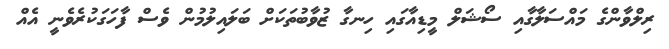
ރިލްވާންގެ މައްސަލާގާއި ސޯޝަލް މީޑިއާގައި ހިނގާ ޒުވާބުތަކަށް ބަލައިލުމުން ވެސް ފާހަގަކުރެވެނީ އެއް